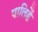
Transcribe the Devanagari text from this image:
पालिहैं